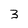
Character: 3